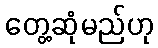
တွေ့ဆုံမည်ဟု